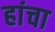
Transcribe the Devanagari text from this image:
हांचा